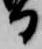
日